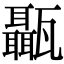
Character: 𤮱